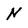
Character: N